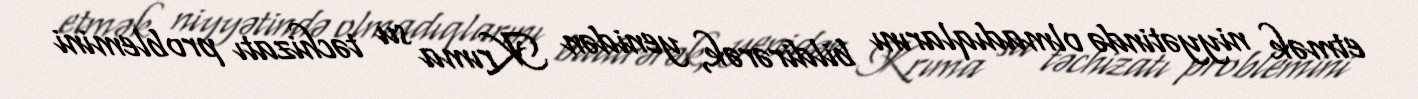
etmək niyyətində olmadıqlarını bildirərək, yenidən Krıma su təchizatı problemini